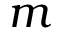
m